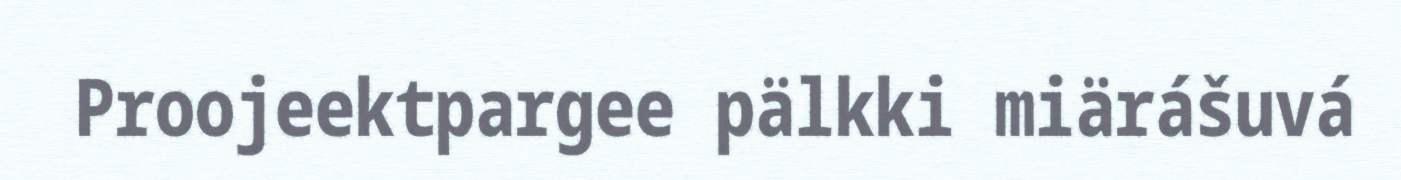
Proojeektpargee pälkki miärášuvá